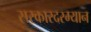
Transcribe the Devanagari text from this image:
सरकारदरम्यान